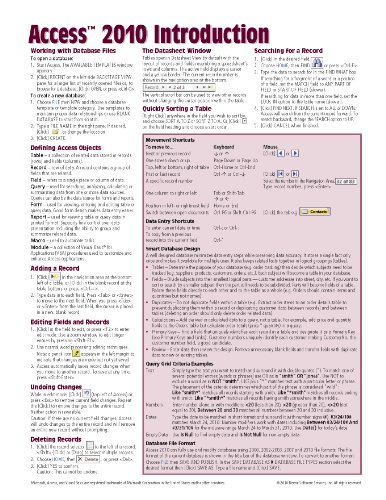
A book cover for Microsoft Access 2010 Introduction Quick Reference Guide (Cheat Sheet of Instructions, Tips & Shortcuts - Laminated Card); Beezix Inc; Computers & Technology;